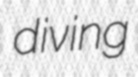
diving